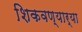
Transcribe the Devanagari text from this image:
शिकवण्यार्‍या